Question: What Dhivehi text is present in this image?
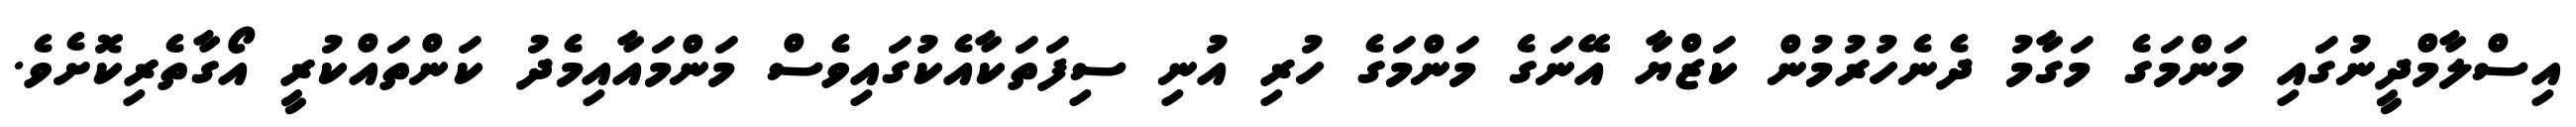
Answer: އިސްލާމްދީނުގައި މަންމަގެ މަގާމު ދެނެހުރުމުން ކަޒްޔާ އޭނަގެ މަންމަގެ ހުރި އުނި ސިފަތަކާއެކުގައިވެސް މަންމައާއިމެދު ކަންތައްކުރީ އޯގާތެރިކޮށެވެ.